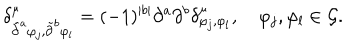
\delta _ { \tilde { \partial } ^ { a } \varphi _ { j } , \tilde { \partial } ^ { b } \varphi _ { l } } ^ { \mu } = ( - 1 ) ^ { | b | } \partial ^ { a } \partial ^ { b } \delta _ { \varphi _ { j } , \varphi _ { l } } ^ { \mu } , \quad \varphi _ { j } , \varphi _ { l } \in { \cal G } .